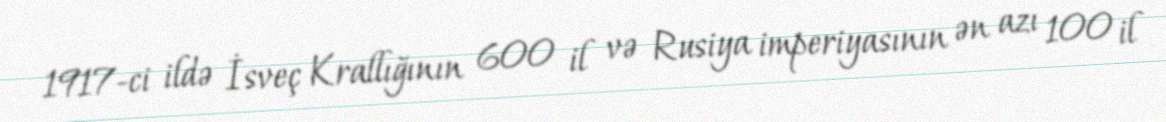
1917-ci ildə İsveç Krallığının 600 il və Rusiya imperiyasının ən azı 100 il